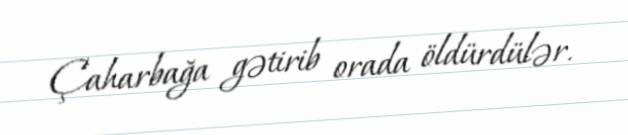
Çaharbağa gətirib orada öldürdülər.